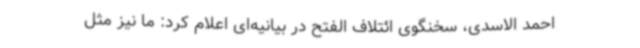
احمد الاسدی، سخنگوی ائتلاف الفتح در بیانیه‌ای اعلام کرد: ما نیز مثل